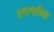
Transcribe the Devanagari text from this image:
प्रमाणविक